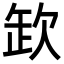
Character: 欫